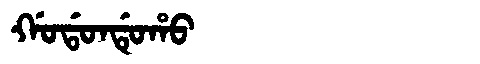
Manchu: ᡤᠣᡩᠣᠨᡩᡠᡥᠣ
Romanization: GODONDUHO